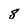
Character: 8